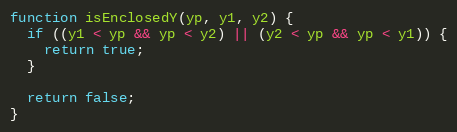
Language: JavaScript
function isEnclosedY(yp, y1, y2) {
  if ((y1 < yp && yp < y2) || (y2 < yp && yp < y1)) {
    return true;
  }

  return false;
}